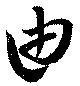
由